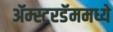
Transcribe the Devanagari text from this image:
ॲम्स्टरडॅममध्ये